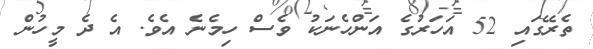
ތެރޭގައި 52 އަހަރުގެ އަންހެނަކު ވެސް ހިމެނެ އެވެ. އެ ދެ މީހުން